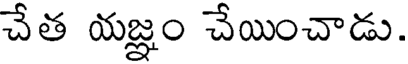
చేత యజ్ఞం చేయించాడు.